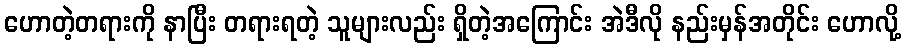
ဟောတဲ့တရားကို နာပြီး တရားရတဲ့ သူများလည်း ရှိတဲ့အကြောင်း အဲဒီလို နည်းမှန်အတိုင်း ဟောလို့